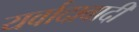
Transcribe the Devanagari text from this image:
यर्वादावादी